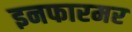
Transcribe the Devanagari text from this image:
इनफारमर